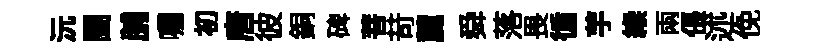
沅闔脯囑初唐彼銅碑菩苛麓舜落畏循芋緱兩倀述俛